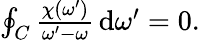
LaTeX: \begin{array}{r}{\oint_{C}\frac{\chi(\omega^{\prime})}{\omega^{\prime}-\omega}\, \mathrm{d}\omega^{\prime}=0.}\end{array}